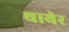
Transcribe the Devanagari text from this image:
थायेर